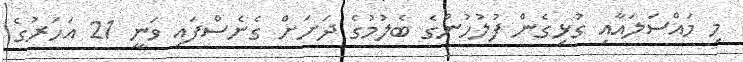
މި މައްސަލައާއި ގުޅިގެން ފުލުހުންގެ ބެލުމުގެ ދަށަށް ގެނެސްފައި ވަނީ 21 އަހަރުގެ